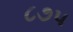
૮૭૫